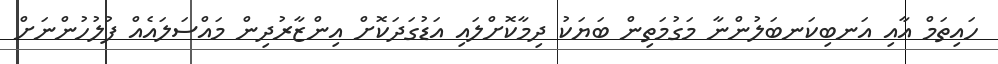
ހައިތަމް އާއި އަނބިކަނބަލުންނާ މަގުމަތިން ބަޔަކު ދިމާކޮށްލައި އަޑުގަދަކޮށް އިންޒާރުދިން މައްސަލައެއް ފުލުހުންނަށް